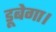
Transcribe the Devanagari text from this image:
डूबेगा।